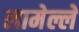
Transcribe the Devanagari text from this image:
लामेल्ले